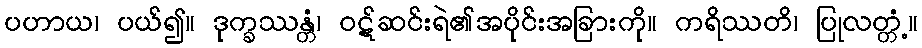
ပဟာယ၊ ပယ်၍။ ဒုက္ခဿန္တံ၊ ဝဋ်ဆင်းရဲ၏အပိုင်းအခြားကို။ ကရိဿတိ၊ ပြုလတ္တံ့။